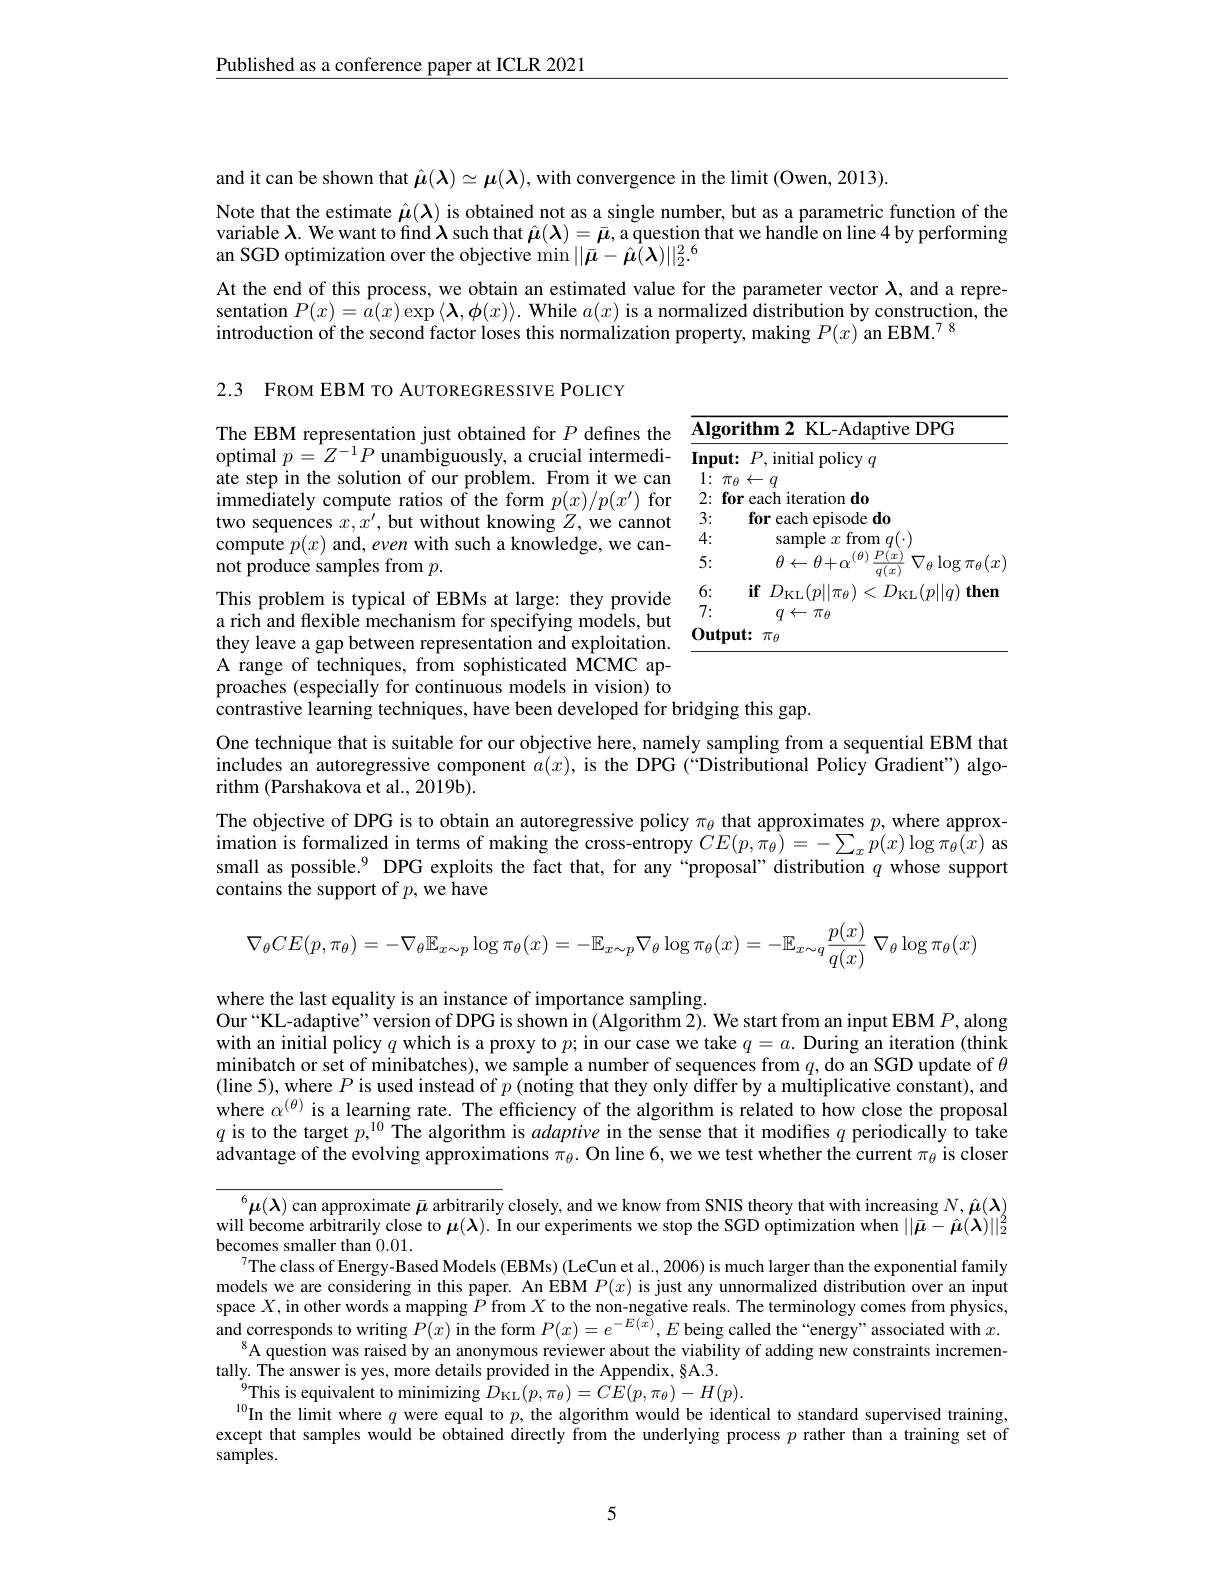
$\underline{\text{Published as a conference paper at ICLR 2021}}$

and it can be shown that $\hat{\boldsymbol{\mu}}(\boldsymbol{\lambda})\simeq\boldsymbol{\mu}(\boldsymbol{\lambda})$, with convergence in the limit (Owen, 2013).
Note that the estimate $\hat{\mu}(\boldsymbol{\lambda})$ is obtained not as a single number, but as a parametric function of the variable $\lambda.$ We want to find $\boldsymbol{\lambda}$ such that $\hat{\boldsymbol{\mu}}(\boldsymbol{\lambda})=\bar{\boldsymbol{\mu}}$, a question that we handle on line 4 by performing an SGD optimization over the objective min $||\bar{\boldsymbol{\mu}}-\hat{\boldsymbol{\mu}}(\boldsymbol{\lambda})||_{2}^{2}.^{6}$

At the end of this process, we obtain an estimated value for the parameter vector $\lambda$, and a representation $P(x)=\hat{a}(x)\exp\langle\boldsymbol{\lambda},\boldsymbol{\phi}(x)\rangle.$ While $a(x)$ is a normalized distribution by construction, the introduction of the second factor loses this normalization property, making $P(x)$ an EBM.$^{78}$

2.3 FROM EBM TO AUTOREGRESSIVE POLICY

The EBM representation just obtained for $P$ defines the optimal $p=Z^{-1}P$ unambiguously, a crucial intermediate step in the solution of our problem. From it we can immediately compute ratios of the form $p(x)/p(x^{\prime})$ for two sequences $x,x^\prime$, but without knowing $Z$, we cannot compute $p(x)$ and, even with such a knowledge, we cannot produce samples from $p.$

<table>
	<tbody>
		<tr>
			<td></td>
			<td>$\textbf{orithm2 KL- Adaptive DPG}$</td>
		</tr>
		<tr>
			<td> </td>
			<td>sample $x$ from $q(\cdot)$</td>
		</tr>
		<tr>
			<td> </td>
			<td>$\theta\leftarrow\theta+\alpha^{(\theta)}{\underline{P(x)}}$ $\nabla_{\theta}\log\pi_{\theta}(x$ $\overline{q(x)}$</td>
		</tr>
		<tr>
			<td> </td>
			<td>$\textbf{if}D_{\mathrm{KL}}( \eta | | \pi _{\theta }$ 21 $_{\mathrm{KL}}(p||q)$ </td>
		</tr>
		<tr>
			<td> </td>
			<td>$q\leftarrow\pi_{\theta}$</td>
		</tr>
		<tr>
			<td> </td>
			<td>$\textbf{put: }$ $\pi_{\theta}$</td>
		</tr>
	</tbody>
</table>

This problem is typical of EBMs at large: they provide

a rich and flexible mechanism for specifying models, but

they leave a gap between representation and exploitation.

A range of techniques, from sophisticated MCMC ap-

proaches (especially for continuous models in vision) to

contrastive learning techniques, have been developed for bridging this gap.

One technique that is suitable for our objective here, namely sampling from a sequential EBM that includes an autoregressive component $a(x)$, is the DPG (“Distributional Policy Gradient”) algorithm (Parshakova et al., 2019b).
The objective of DPG is to obtain an autoregressive policy $\pi_\theta$ that approximates $p$, where approx- $i$mation is formalized in terms of making the cross-entropy $CE(p,\hat{\pi_\theta})=-\sum_x\tilde{p}(x)\log\pi_\theta(x)$ as small as possible.$^9$ DPG exploits the fact that, for any“proposal” distribution $q$ whose support contains the support of $p$,we have
$$\nabla_{\theta}CE(p,\pi_{\theta})=-\nabla_{\theta}\mathbb{E}_{x\sim p}\log\pi_{\theta}(x)=-\mathbb{E}_{x\sim p}\nabla_{\theta}\log\pi_{\theta}(x)=-\mathbb{E}_{x\sim q}\frac{p(x)}{q(x)}\:\nabla_{\theta}\log\pi_{\theta}(x)$$
where the last equality is an instance of importance sampling.
Our“KL-adaptive” version of DPG is shown in (Algorithm $\tilde{2}).$ We start from an input EBM $P$, along with an initial policy $q$ which is a proxy to $p;$ in our case we take $q=a.$ During an iteration (think $\begin{array}{c}\text{minibatch or set of minibatches), we sample a number of sequences from }q,\text{do an SGD update of }\theta\\\text{minibatch or set of minibatches), we sample a number of sequences from }q,\text{do an SGD update of}\theta\end{array}$ (line 5), where $P$ is used instead of $p\text{( noting that they only \^ {d}ifferbyamultiplicativeconstant) , and}$ where $\alpha^{(\theta)}$ is a learning rate. The efficiency of the algorithm is related to how close the proposal $q$ is to the target $p,^10$ The algorithm is adaptive in the sense that it modifies $q$ periodically to take advantage of the evolving approximations $\pi_\theta.$ On line 6, we we test whether the current $\pi_\theta$ is closer

$^6\boldsymbol{\mu}(\boldsymbol{\lambda})$ can approximate $\bar{\boldsymbol{\mu}}$ arbitrarily closely, and we know from SNIS theory that with increasing $N,\hat{\boldsymbol{\mu}}(\boldsymbol{\lambda})$ will become arbitrarily close to $\mu(\boldsymbol{\lambda}).$ In our experiments we stop the SGD optimization when $||\bar{\boldsymbol{\mu}}-\hat{\boldsymbol{\mu}}(\boldsymbol{\lambda})||_{2}^{2}$ becomes smaller than 0.01.
The class of Energy-Based Models (EBMs) (LeCun et al., 2006) is much larger than the exponential family models we are considering in this paper. An EBM $P(x)$ is just any unnormalized distribution over an input space $X$, in other words a mapping $P$ from $X$ to the non-negative reals. The terminology comes from physics, and corresponds to writing $P(x)$ in the form $P(x)=e^-E(x),E$ being called the“energy”associated with $x.$
$^{8}$A question was raised by an anonymous reviewer about the viability of adding new constraints incremen-
tally. The answer is yes, more details provided in the Appendix, $\S$A.3.
$_{\mathrm{lo}}^{9}$This is equivalent to minimizing $\hat D_{\mathrm{KL}}(p,\pi_{\theta})=C\hat{E}(p,\pi_{\theta})-H(p).$
$^{10}$In the limit where $q$ were equal to $p$, the algorithm would be identical to standard supervised training, except that samples would be obtained directly from the underlying process $p$ rather than a training set of samples.

5